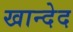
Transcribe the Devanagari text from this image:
खान्देद